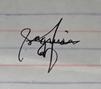
Signature authenticity: genuine